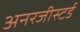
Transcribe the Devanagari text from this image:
अनरजीस्टर्ड